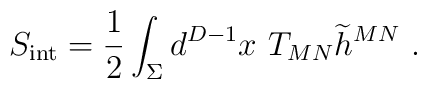
S_{\rm {\small int}}={1\over 2} \int_\Sigma d^{D-1} x ~T_{MN} {\widetilde h}^{MN}~.